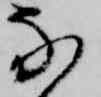
な